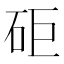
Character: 𥑭